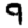
Digit: 9